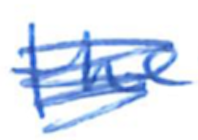
Text: the
Cross-out: scratch
Writing tool: ballpoint